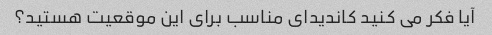
آیا فکر می کنید کاندیدای مناسب برای این موقعیت هستید؟